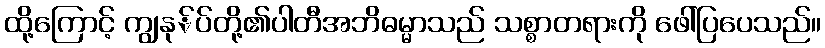
ထို့ကြောင့် ကျွနု်ပ်တို့၏ပါတီအဘိဓမ္မာသည် သစ္စာတရားကို ဖေါ်ပြပေသည်။